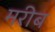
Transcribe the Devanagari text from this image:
मरीब